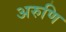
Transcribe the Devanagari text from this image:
अरुणि